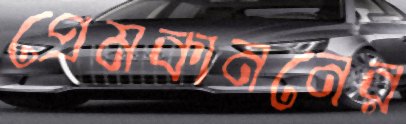
প্রেমকাননের